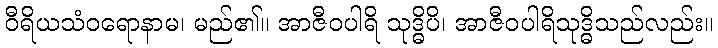
ဝီရိယသံဝရောနာမ၊ မည်၏။ အာဇီဝပါရိ သုဒ္ဓိပိ၊ အာဇီဝပါရိသုဒ္ဓိသည်လည်း။